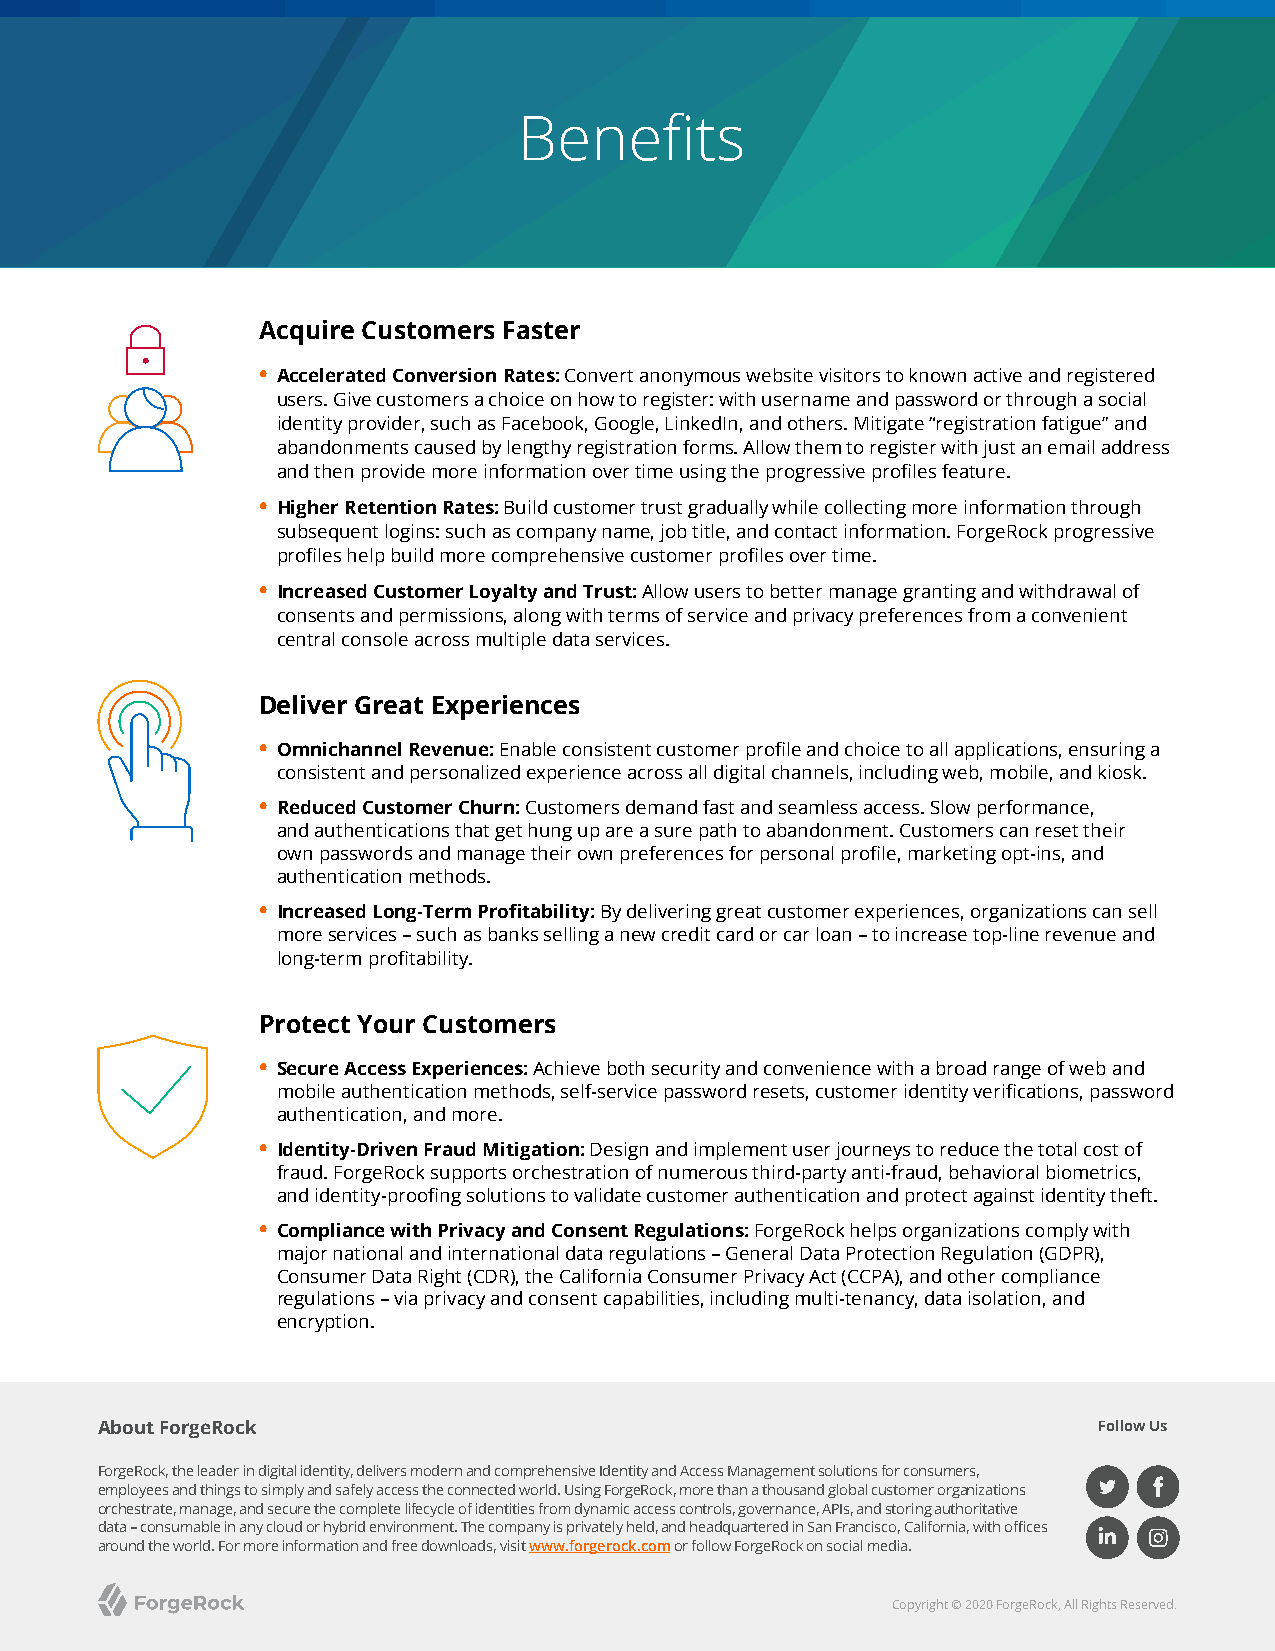
Benefits
 Acquire Customers Faster
 • Accelerated Conversion Rates: Convert anonymous website visitors to known active and registered
 users. Give customers a choice on how to register: with username and password or through a social
 identity provider, such as Facebook, Google, LinkedIn, and others. Mitigate “registration fatigue” and
 abandonments caused by lengthy registration forms. Allow them to register with just an email address
 and then provide more information over time using the progressive profiles feature.
 • Higher Retention Rates: Build customer trust gradually while collecting more information through
 subsequent logins: such as company name, job title, and contact information. ForgeRock progressive
 profiles help build more comprehensive customer profiles over time.
 • Increased Customer Loyalty and Trust: Allow users to better manage granting and withdrawal of
 consents and permissions, along with terms of service and privacy preferences from a convenient
 central console across multiple data services.
 Deliver Great Experiences
 • Omnichannel Revenue: Enable consistent customer profile and choice to all applications, ensuring a
 consistent and personalized experience across all digital channels, including web, mobile, and kiosk.
 • Reduced Customer Churn: Customers demand fast and seamless access. Slow performance,
 and authentications that get hung up are a sure path to abandonment. Customers can reset their
 own passwords and manage their own preferences for personal profile, marketing opt-ins, and
 authentication methods.
 • Increased Long-Term Profitability: By delivering great customer experiences, organizations can sell
 more services – such as banks selling a new credit card or car loan – to increase top-line revenue and
 long-term profitability.
 Protect Your Customers
 • Secure Access Experiences: Achieve both security and convenience with a broad range of web and
 mobile authentication methods, self-service password resets, customer identity verifications, password
 authentication, and more.
 • Identity-Driven Fraud Mitigation: Design and implement user journeys to reduce the total cost of
 fraud. ForgeRock supports orchestration of numerous third-party anti-fraud, behavioral biometrics,
 and identity-proofing solutions to validate customer authentication and protect against identity theft.
 • Compliance with Privacy and Consent Regulations: ForgeRock helps organizations comply with
 major national and international data regulations – General Data Protection Regulation (GDPR),
 Consumer Data Right (CDR), the California Consumer Privacy Act (CCPA), and other compliance
 regulations – via privacy and consent capabilities, including multi-tenancy, data isolation, and
 encryption.
 About ForgeRock                                                    Follow Us
 ForgeRock, the leader in digital identity, delivers modern and comprehensive Identity and Access Management solutions for consumers,
 employees and things to simply and safely access the connected world. Using ForgeRock, more than a thousand global customer organizations
 orchestrate, manage, and secure the complete lifecycle of identities from dynamic access controls, governance, APIs, and storing authoritative
 data – consumable in any cloud or hybrid environment. The company is privately held, and headquartered in San Francisco, California, with offices
 around the world. For more information and free downloads, visit www.forgerock.com or follow ForgeRock on social media.
 Copyright © 2020 ForgeRock, All Rights Reserved.